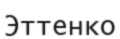
Эттенко